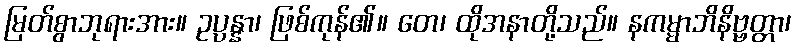
မြတ်စွာဘုရားအား။ ဥပ္ပန္နာ၊ ဖြစ်ကုန်၏။ တေ၊ ထိုအနာတို့သည်။ နကမ္မာဘိနိဗ္ဗတ္တာ၊